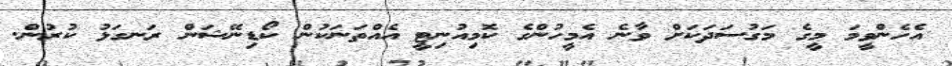
އެހެންވީމަ މީގެ މަގުސަދަކަށް ވާނެ އެމީހުންގެ ކޮމިއުނިޓީ އެއްތަނަކުން ކޯޑިނޭޝަން ރަނގަޅު ކުރުން.